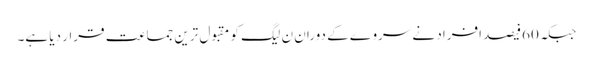
جبکہ 60فیصد افراد نے سروے کے دوران ن لیگ کو مقبول ترین جماعت قرار دیا ہے۔